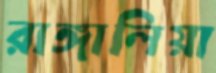
রাঙ্গালিয়া